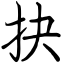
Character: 抉